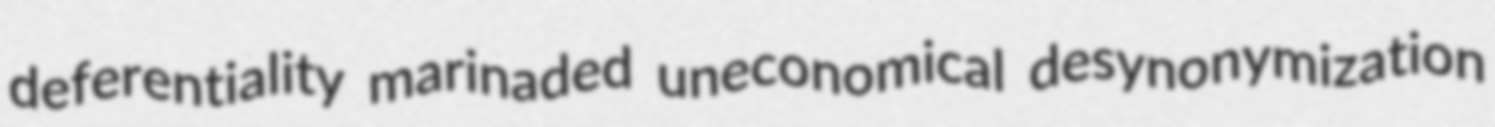
deferentiality marinaded uneconomical desynonymization